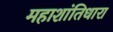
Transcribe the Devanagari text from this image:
महाशांतिधारा